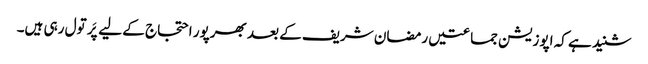
شنید ہے کہ اپوزیشن جماعتیں رمضان شریف کے بعد بھرپور احتجاج کے لیے پَر تول رہی ہیں۔